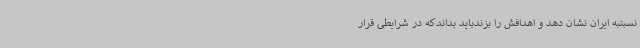
نسبتبه ایران نشان دهد و اهدافش را بزندباید بداندکه در شرایطی قرار